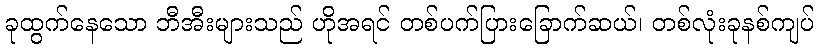
ခုထွက်နေသော ဘီအီးများသည် ဟိုအရင် တစ်ပက်ပြားခြောက်ဆယ်၊ တစ်လုံးခုနစ်ကျပ်